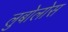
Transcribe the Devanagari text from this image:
लुबोलोस